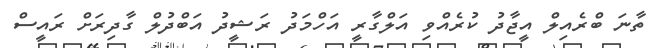
ތާނަ ބްރެއިލް އީޖާދު ކުރެއްވި އަލްގާރީ އަހްމަދު ރަޝީދު އަބްދުލް ގާދިރަށް ރައީސް